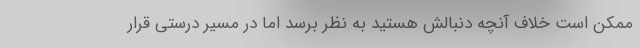
ممکن است خلاف آنچه دنبالش هستید به نظر برسد اما در مسیر درستی قرار